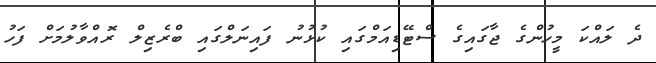
ދެ ލައްކަ މީހުންގެ ޖާގައިގެ ސްޓޭޑިއަމްގައި ކުޅުނު ފައިނަލްގައި ބްރެޒިލް ރޮއްވާލުމަށް ފަހު